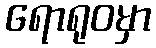
ရောရုဝမှာ